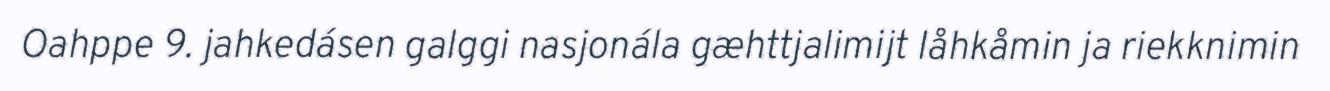
Oahppe 9. jahkedásen galggi nasjonála gæhttjalimijt låhkåmin ja riekknimin